Annual administration report of the Civil Veterinary Department of India - 1908-1909
Year: 1908
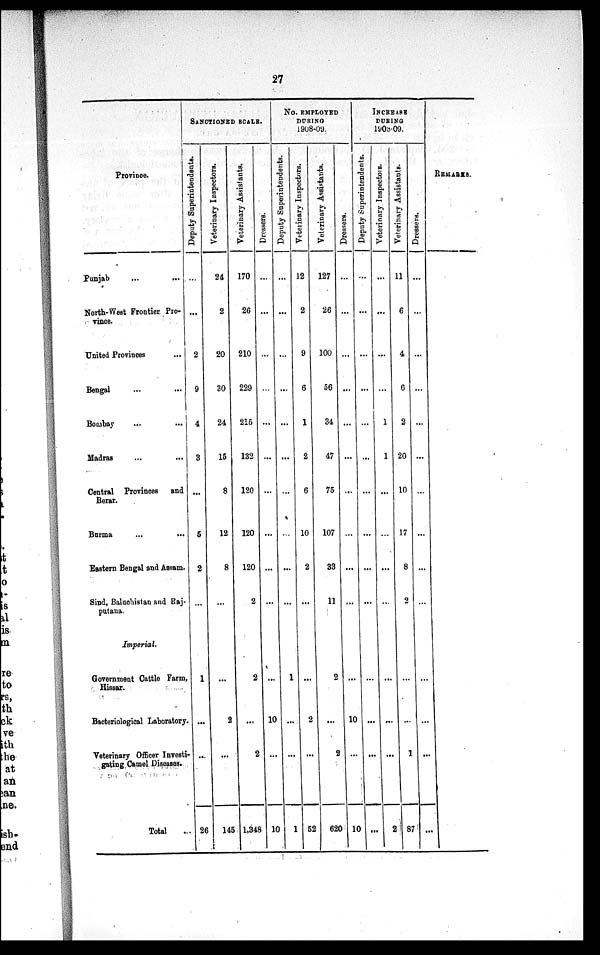
27
Province.
Punjab ... ...
North-West Frontier. Pro-
vince.
United Provinces ...
Bengal ... ...
Bombay ... ...
Madras ... ...
Central Provinces
and
Berar.
Burma ... ...
Eastern Bengal and Assam.
Sind, Baluchistan and Raj-
putana.
Imperial.
Government Cattle Farm,
Hissar.
Bacteriological Laboratory.
Veterinary Officer Investi-
gating. Camel Diseases.
Total ...
SANCTIONED SCALE.
Deputy Superintendents.
...
...
2
9
4
3
...
5
2
...
1
...
...
26
Veterinary Inspectors.
24
2
20
30
24
15
8
12
8
...
...
2
...
145
Veterinary Assistants.
170
26
210
229
215
132
120
120
120
2
2
...
2
1,348
Dressers.
...
...
...
...
...
...
...
...
...
...
...
10
...
10
No. EMPLOYED
DURING
1908-09
Deputy Superintendents.
...
...
...
...
...
...
...
...
...
...
1
...
...
1
Veterinary Inspectors.
12
2
9
6
1
2
6
10
2
...
...
2
...
52
Veterinary Assistants.
127
26
100
56
34
47
75
107
33
11
2
...
2
620
Dressers.
...
...
...
...
...
...
...
...
...
...
...
10
...
10
INCREASE
DURING
1908-09.
Deputy Superintendents.
...
...
...
...
...
...
...
...
...
...
...
...
...
...
Veterinary Inspectors.
...
...
...
...
1
1
...
...
...
...
...
...
...
2
Veterinary Assistants.
11
6
4
6
2
20
10
17
8
2
...
...
1
87
Dressers.
...
...
...
...
...
...
...
...
...
...
...
...
...
...
REMARKS